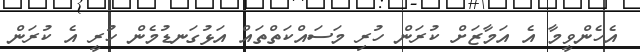
އެހެންވީމާ އެ އަމާޒަށް ކުރަން ހުރި މަސައްކަތްތައް އަޅުގަނޑުމެން ހުރީ އެ ކުރަން